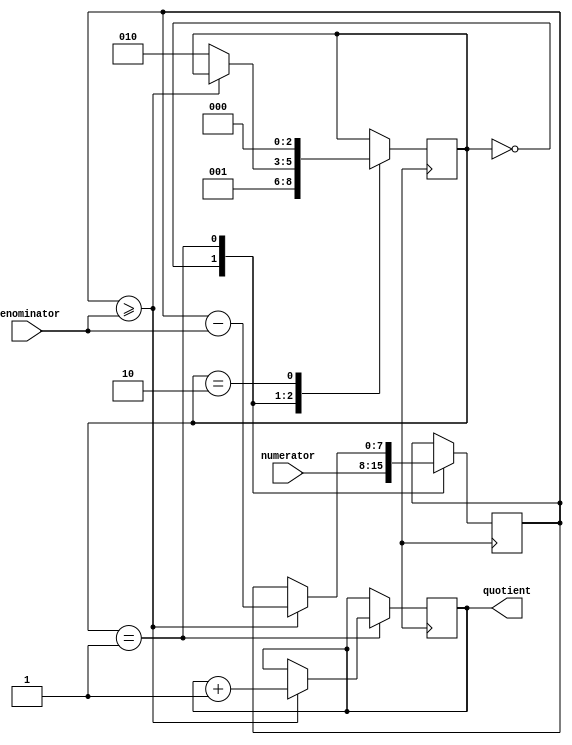
module divider (
    input wire [7:0] numerator,
    input wire [7:0] denominator,
    output reg [7:0] quotient
);

reg [7:0] remainder;
reg [2:0] state;

always @ (posedge clk) begin
    case (state)
        0: begin
            remainder <= numerator;
            state <= 1;
        end
        1: begin
            if (remainder >= denominator) begin
                remainder <= remainder - denominator;
                quotient <= quotient + 1;
            end else begin
                state <= 2;
            end
        end
        2: begin
            state <= 0;
        end
    endcase
end

endmodule